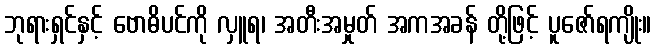
ဘုရားရှင်နှင့် ဗောဓိပင်ကို လှူရ၊ အတီးအမှုတ် အကအခန် တို့ဖြင့် ပူဇော်ရကျိုး။